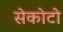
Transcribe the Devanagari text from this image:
सेकोटो